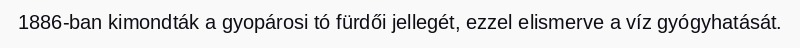
1886-ban kimondták a gyopárosi tó fürdői jellegét, ezzel elismerve a víz gyógyhatását.